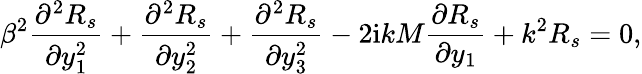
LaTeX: \beta^{2}\frac{\partial^{2}R_{s}}{\partial y_{1}^{2}}+\frac{\partial^{2}R_{s}}{\partial y_{2}^{2}}+\frac{\partial^{2}R_{s}}{\partial y_{3}^{2}}-2\mathrm{i}kM\frac{\partial R_{s}}{\partial y_{1}}+k^{2}R_{s}=0,